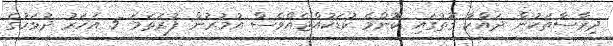
ދިރާސާތަކުން ދައްކާ ގޮތުގައި ކޮންމެ ކުޑަކުއްޖެއްވެސް އުމުރުން ފުރަތަމަ 5 އަހަރު ދުވަހުގެ